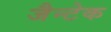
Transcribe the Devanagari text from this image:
जैन्टेक